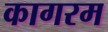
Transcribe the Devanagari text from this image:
कागरम